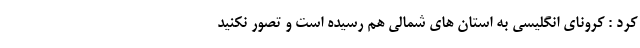
کرد : کرونای انگلیسی به استان های شمالی هم رسیده است و تصور نکنید